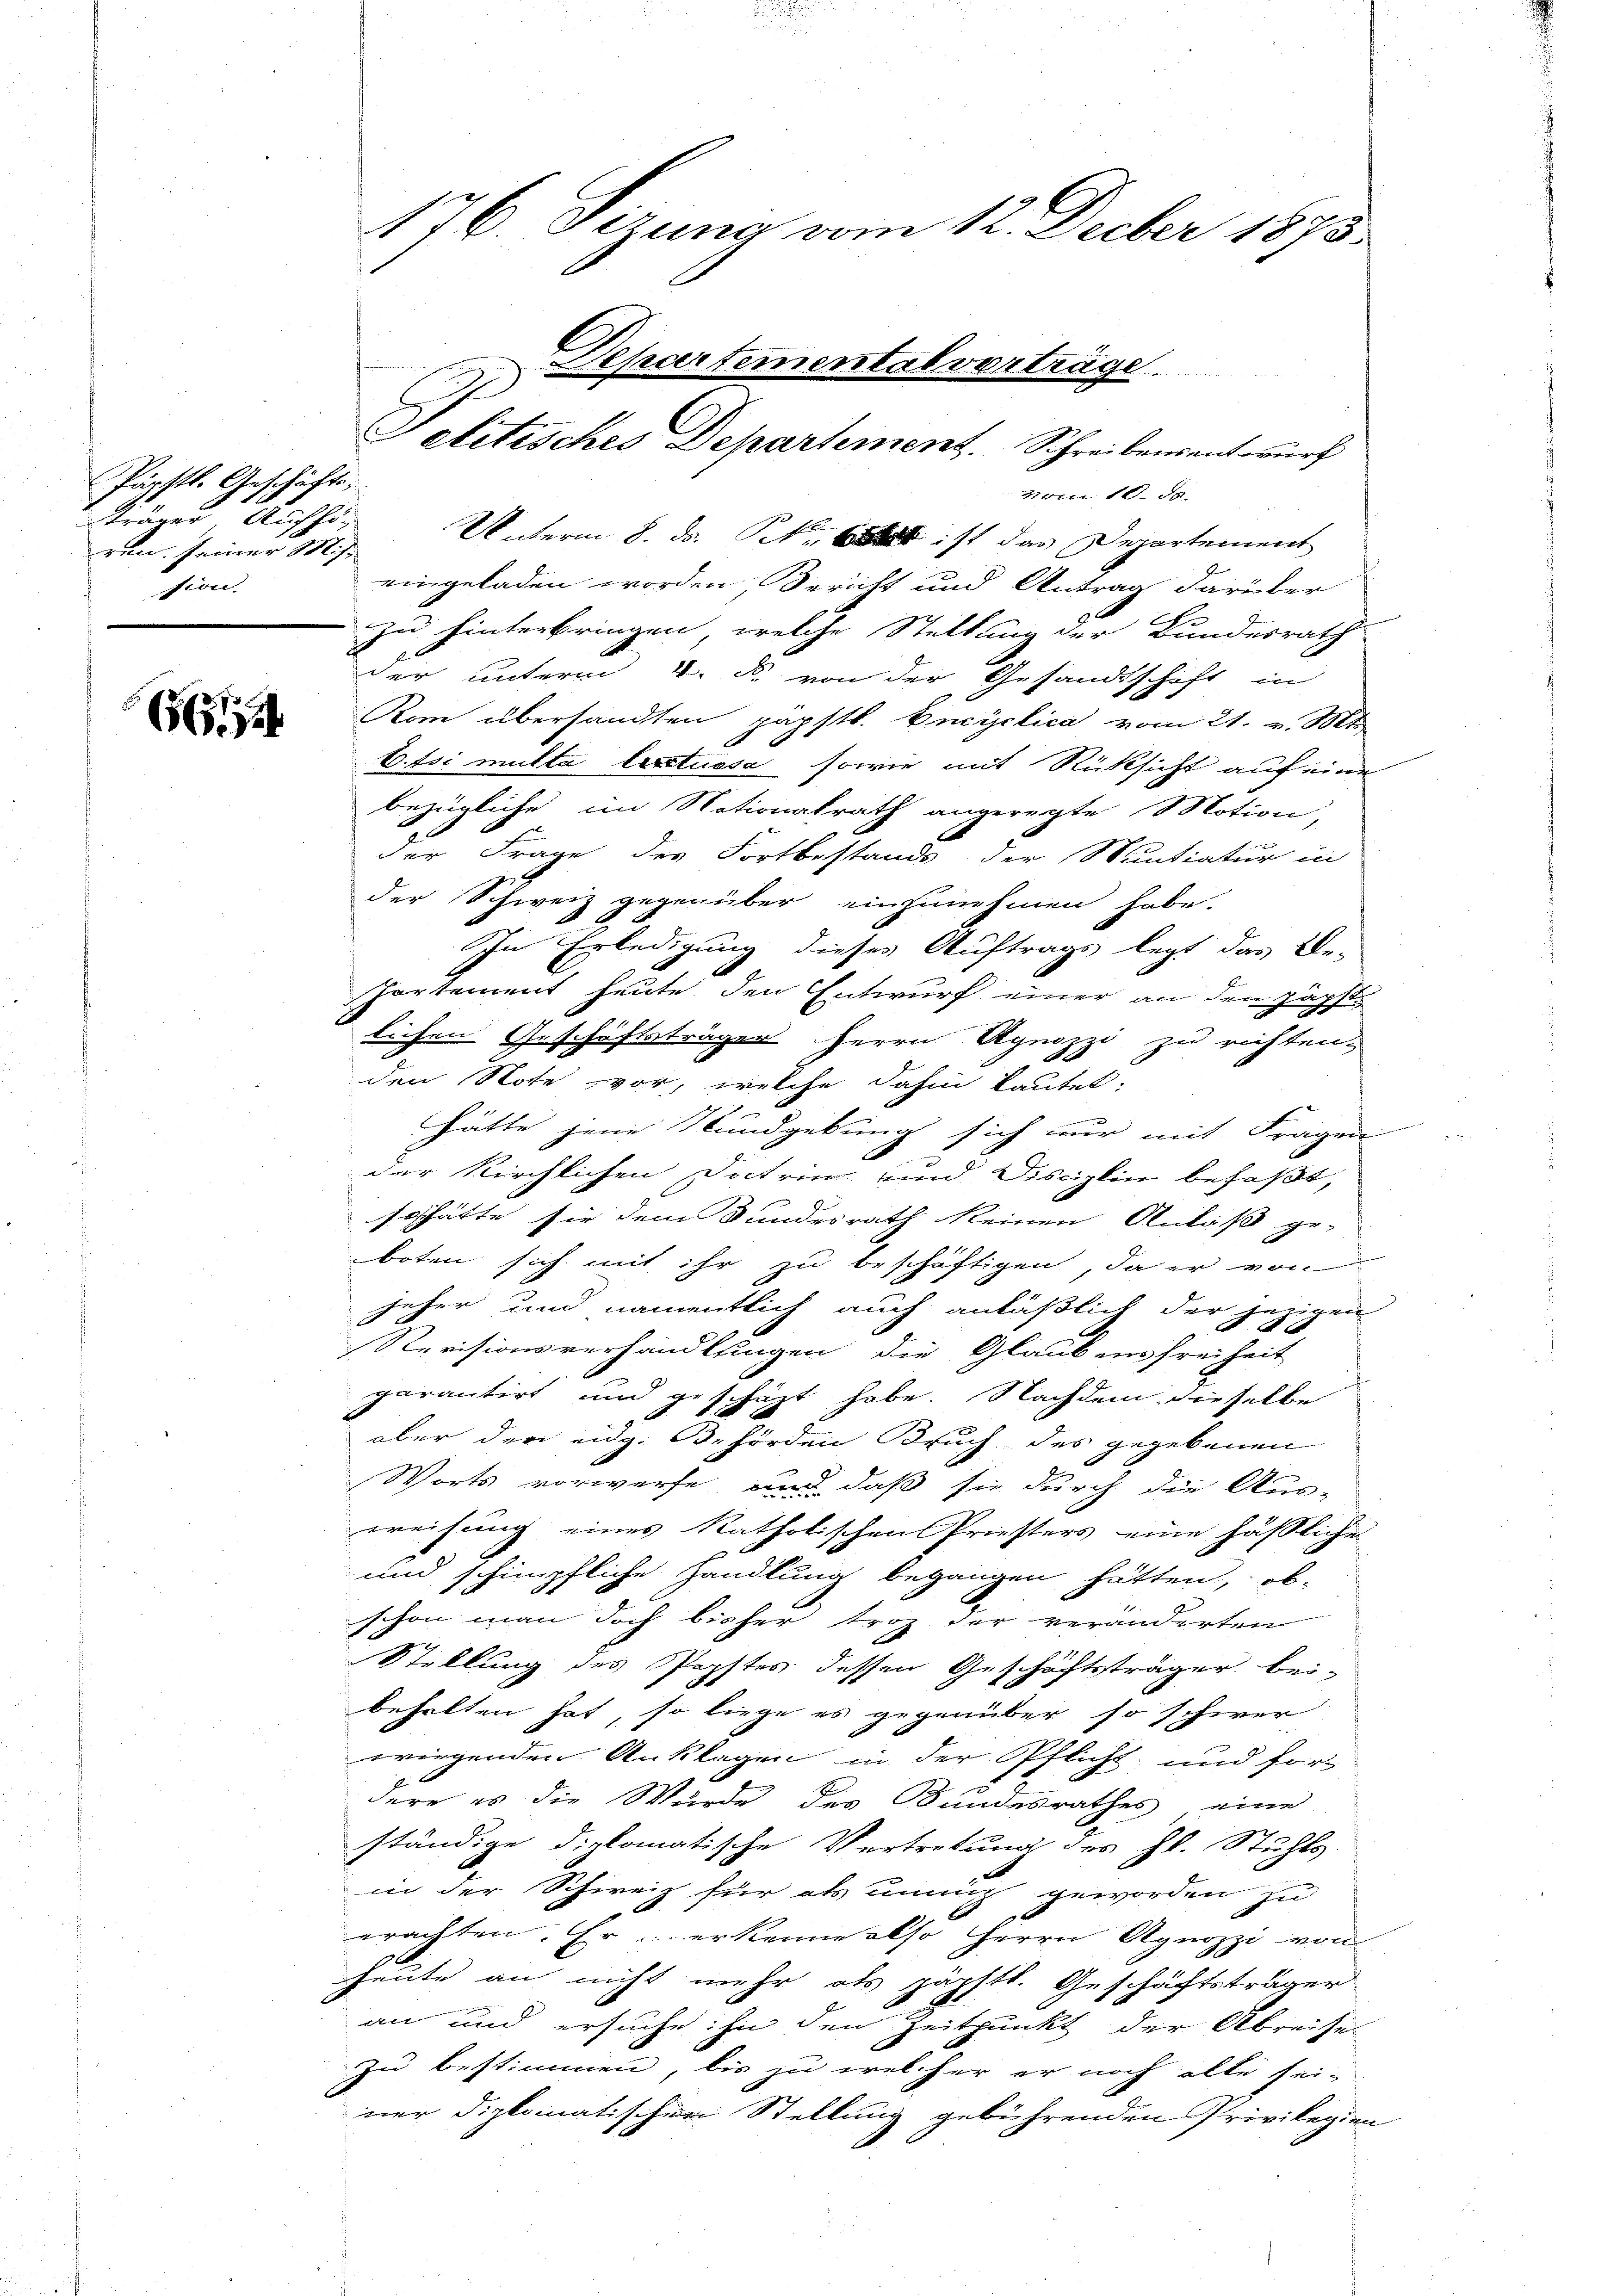
Päpstl. Geschäfte;
träger Aufheren. seiner Mis-
sion.

66

7ber 10. d.
Unterm 8. ds. k et ist das Departement
eingeladen worden, Bericht und Antrag darüber
zu hinterbringen, welche Stellung der Bundesrath
der unterm 4. d. von der Gesandtschaft in
Kom übersandten papftl. Encyclica vom 21. v. Mts.
to. Es mutta lextuosa, sowie mit Rüksicht auf eine
bezügliche im Nationalrath angeregte Motion
der Frage des Fortbestands der Muntiatur in
der Schweiz gegenüber einzunehmen habe.
In Erledigung dieses Auftrags legt das Be-
Partement heute den Entwurf einer an den Jägst.
lichen Geschäftsträger Herrn Agnozzi zu richten.
den Note vor, welche dahin kautet:
g
hätte jene Rundgebung sich nur mit Fragen
der Kirchlichen Doctrin und Disciplin befaßt,
so hätte sie dem Bundesrath keinen Anlaß ge-
boten sich mit ihr zu beschäftigen, da er von
jeher und namentlich auch anläßlich der jezigen
Revisionsverhandlungen die Glaubensfreiheit
parantirt und geschäzt habe. Nachdem dieselbe
aber der eidg. Behörden Bruch des gegebenen
Worts vorwerfe, und daß sie durch die Aus-
ereisung eines katholischen Priesters eine hässliche
und schimpfliche Handlung begangen hätten, ob
schon man doch bisher trotz der veränderten
Stellung des Popstes dessen Geschäftsträger bei-
behalten hat, so liege es gegenüber so schwer
wiegenden Anklagen in der Pflicht und for
dere es die Wurde des Bundesrathes eine
ständige diplomatische Vertretung des Hl. Stuhls
in der Schweiz für als unanz geworden zu
erachten. Er erkenne also Herrn Agnozzi von
heute an nicht mehr als päpstl. Geschäftsträger
an und ersuche: In den Zeitpunkt der Abreise
zu bestimmen, bis zu welcher er noch alle sei-
ner diplomatischer Stellung gebührenden Privilegien

176. Sizung vom 12. Decber 1873.
Departemental vorträge.
eletisches Departement. Schreibensentwurf